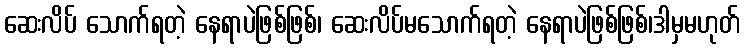
ဆေးလိပ် သောက်ရတဲ့ နေရာပဲဖြစ်ဖြစ်၊ ဆေးလိပ်မသောက်ရတဲ့ နေရာပဲဖြစ်ဖြစ်၊ဒါမှမဟုတ်